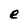
Character: e